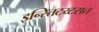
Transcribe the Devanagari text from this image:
इन्स्तिटय्टसत